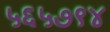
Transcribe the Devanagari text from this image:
५६५७९४